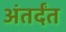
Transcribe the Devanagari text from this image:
अंतर्दंत